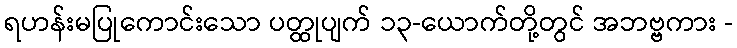
ရဟန်းမပြုကောင်းသော ပတ္ထုပျက် ၁၃-ယောက်တို့တွင် အဘဗ္ဗကား -